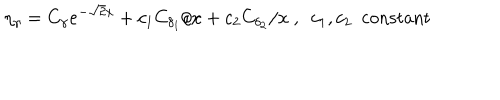
LaTeX: \eta _ { \gamma } = C _ { \gamma } e ^ { - \sqrt { 2 } x } + c _ { 1 } C _ { \delta _ { 1 } } / x + c _ { 2 } C _ { \delta _ { 2 } } / x \ , \ \ c _ { 1 } , c _ { 2 } \ \ \mathrm { c o n s t a n t }